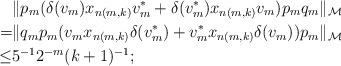
LaTeX: \begin{align*}&\|p_m(\delta(v_m)x_{n(m,k)}v_m^*+\delta(v_m^*)x_{n(m,k)}v_m)p_mq_{m}\|_{\mathcal M} \\=&\|q_{m}p_m(v_mx_{n(m,k)}\delta(v_m^*)+v_m^*x_{n(m,k)}\delta(v_m))p_m\|_{\mathcal M} \\\leq&5^{-1}2^{-m}(k+1)^{-1}; \end{align*}